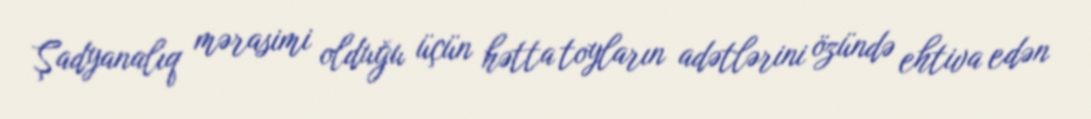
Şadyanalıq mərasimi olduğu üçün hətta toyların adətlərini özündə ehtiva edən